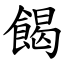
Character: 餲